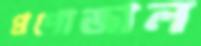
প্রপোজাল